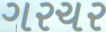
ગરચર